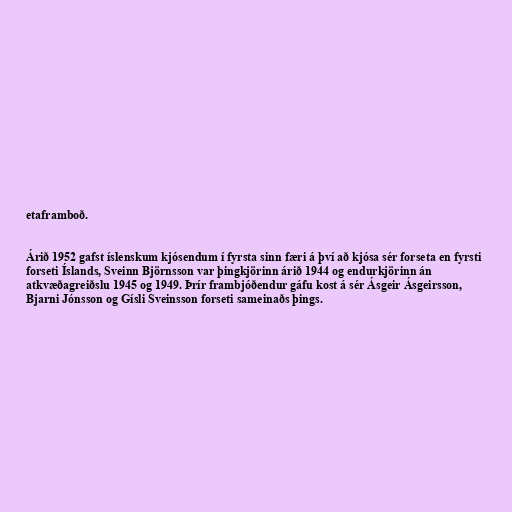
etaframboð.

Árið 1952 gafst íslenskum kjósendum í fyrsta sinn færi á því að kjósa sér forseta en fyrsti
forseti Íslands, Sveinn Björnsson var þingkjörinn árið 1944 og endurkjörinn án
atkvæðagreiðslu 1945 og 1949. Þrír frambjóðendur gáfu kost á sér Ásgeir Ásgeirsson,
Bjarni Jónsson og Gísli Sveinsson forseti sameinaðs þings.